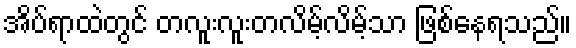
အိပ်ရာထဲတွင် တလူးလူးတလိမ့်လိမ့်သာ ဖြစ်နေရသည်။